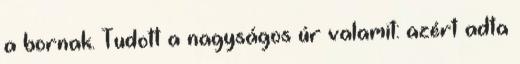
a bornak. Tudott a nagyságos úr valamit: azért adta